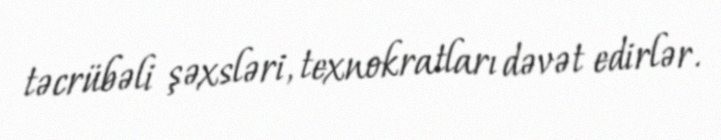
təcrübəli şəxsləri, texnokratları dəvət edirlər.